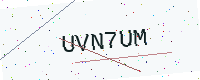
Text: UVN7UM